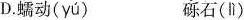
D.蠕动( yú ) 砾石(lì)